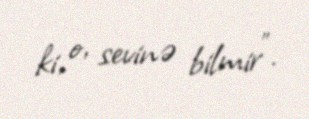
ki, o, sevinə bilmir”.